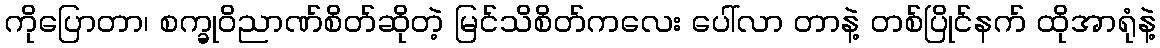
ကိုပြောတာ၊ စက္ခုဝိညာဏ်စိတ်ဆိုတဲ့ မြင်သိစိတ်ကလေး ပေါ်လာ တာနဲ့ တစ်ပြိုင်နက် ထိုအာရုံနဲ့